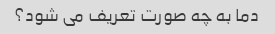
دما به چه صورت تعریف می شود؟